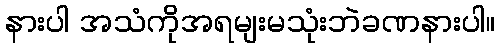
နားပါ အသံကိုအရမျးမသုံးဘဲခဏနားပါ။